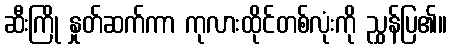
ဆီးကြို နှုတ်ဆက်ကာ ကုလားထိုင်တစ်လုံးကို ညွှန်ပြ၏။